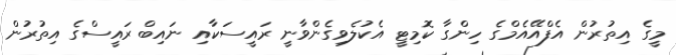
މީގެ އިތުރުން އެފްއޭއެމްގެ ހިންގާ ކޮމިޓީ އެކުލެވިގެންވާނީ ރައީސަކާއި ނައިބް ރައީސްގެ އިތުރުން